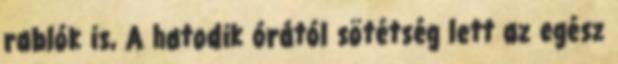
rablók is, A hatodik órától sötétség lett az egész